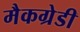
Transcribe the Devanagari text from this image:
मैकग्रेडी